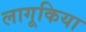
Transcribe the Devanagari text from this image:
लागूकिया